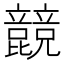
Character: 𣬙